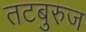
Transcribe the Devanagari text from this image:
तटबुरुज